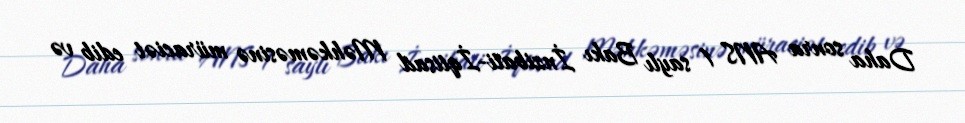
Daha sonra ANS 1 saylı Bakı İnzibati-İqtisad Məhkəməsinə müraciət edib və